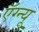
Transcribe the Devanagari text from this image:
ऍग्न्यू